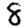
Digit: 8